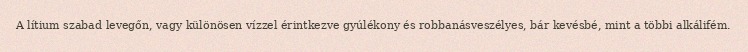
A lítium szabad levegőn, vagy különösen vízzel érintkezve gyúlékony és robbanásveszélyes, bár kevésbé, mint a többi alkálifém.